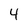
Character: 4